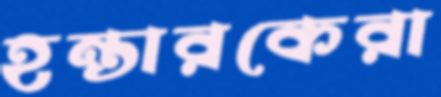
হন্তারকেরা